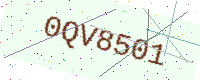
Text: 0QV8501